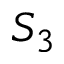
S _ { 3 }